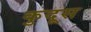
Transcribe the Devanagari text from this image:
कुदूस